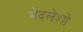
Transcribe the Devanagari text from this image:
भेदलेशो